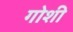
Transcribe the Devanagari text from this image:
गोशी